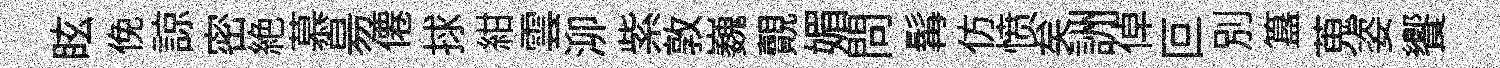
眩俛諒密絶慕昜僊捄紺雲泖紫敦巍覿媚問髯仿愤矣詶倬叵别簋蒐姿饗